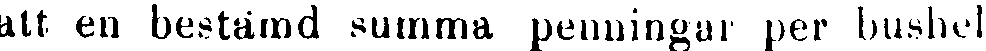
att en bestämd summa penningar per bushel